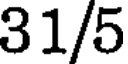
31/5